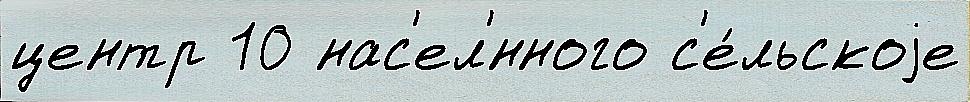
центр 10 нас'ел'́нного с'е́льскоjе